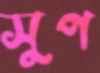
সুপ